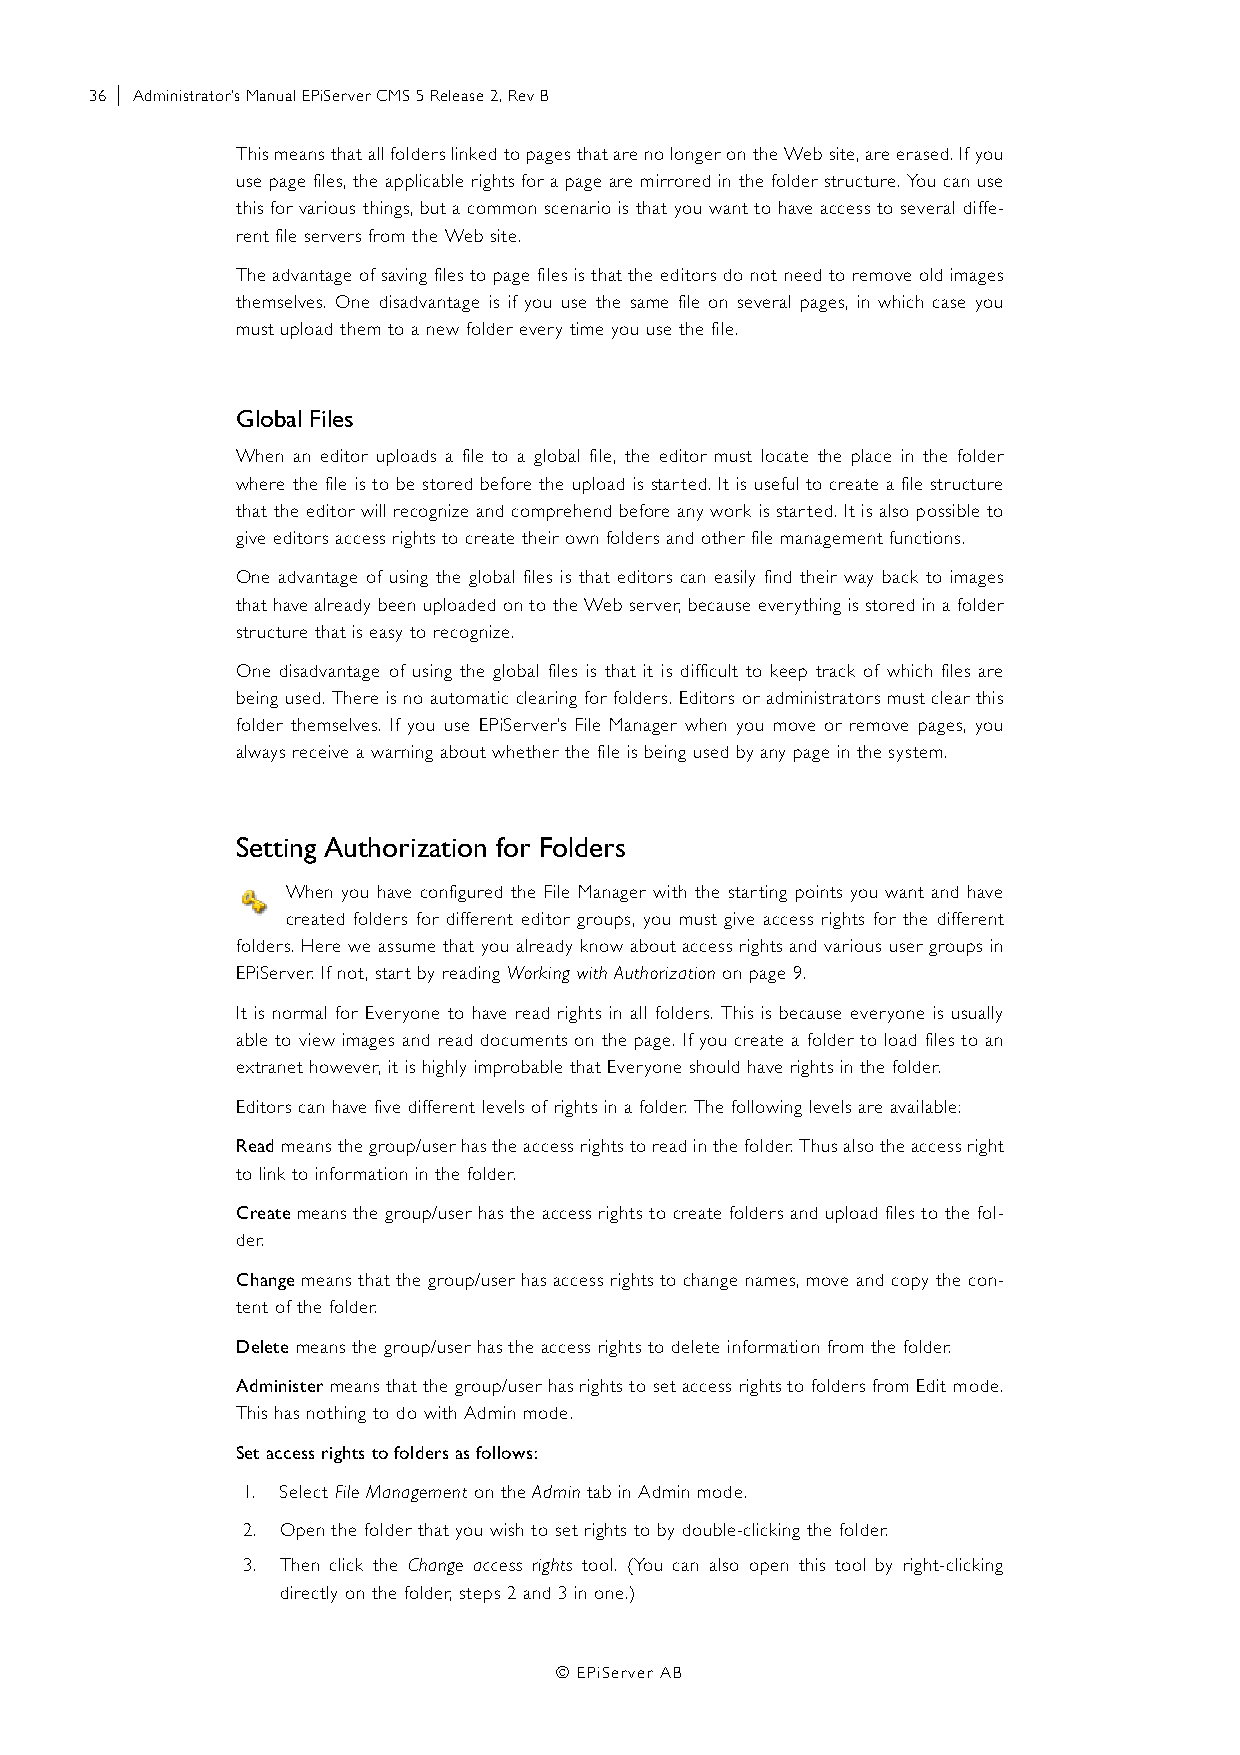
36 | Administrator’s Manual EPiServer CMS 5 Release 2, Rev B
 This means that all folders linked to pages that are no longer on the Web site, are erased. If you
 use page files, the applicable rights for a page are mirrored in the folder structure. You can use
 this for various things, but a common scenario is that you want to have access to several diffe-
 rent file servers from the Web site.
 The advantage of saving files to page files is that the editors do not need to remove old images
 themselves. One disadvantage is if you use the same file on several pages, in which case you
 must upload them to a new folder every time you use the file.
 Global Files
 When an editor uploads a file to a global file, the editor must locate the place in the folder
 where the file is to be stored before the upload is started. It is useful to create a file structure
 that the editor will recognize and comprehend before any work is started. It is also possible to
 give editors access rights to create their own folders and other file management functions.
 One advantage of using the global files is that editors can easily find their way back to images
 that have already been uploaded on to the Web server, because everything is stored in a folder
 structure that is easy to recognize.
 One disadvantage of using the global files is that it is difficult to keep track of which files are
 being used. There is no automatic clearing for folders. Editors or administrators must clear this
 folder themselves. If you use EPiServer’s File Manager when you move or remove pages, you
 always receive a warning about whether the file is being used by any page in the system.
 Setting Authorization for Folders
 When you have configured the File Manager with the starting points you want and have
 created folders for different editor groups, you must give access rights for the different
 folders. Here we assume that you already know about access rights and various user groups in
 EPiServer. If not, start by reading Working with Authorization on page 9.
 It is normal for Everyone to have read rights in all folders. This is because everyone is usually
 able to view images and read documents on the page. If you create a folder to load files to an
 extranet however, it is highly improbable that Everyone should have rights in the folder.
 Editors can have five different levels of rights in a folder. The following levels are available:
 Read means the group/user has the access rights to read in the folder. Thus also the access right
 to link to information in the folder.
 Create means the group/user has the access rights to create folders and upload files to the fol-
 der.
 Change means that the group/user has access rights to change names, move and copy the con-
 tent of the folder.
 Delete means the group/user has the access rights to delete information from the folder.
 Administer means that the group/user has rights to set access rights to folders from Edit mode.
 This has nothing to do with Admin mode.
 Set access rights to folders as follows:
 1. Select File Management on the Admin tab in Admin mode.
 2. Open the folder that you wish to set rights to by double-clicking the folder.
 3. Then click the Change access rights tool. (You can also open this tool by right-clicking
 directly on the folder, steps 2 and 3 in one.)
 © EPiServer AB